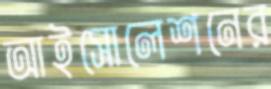
আইসোলেশনের